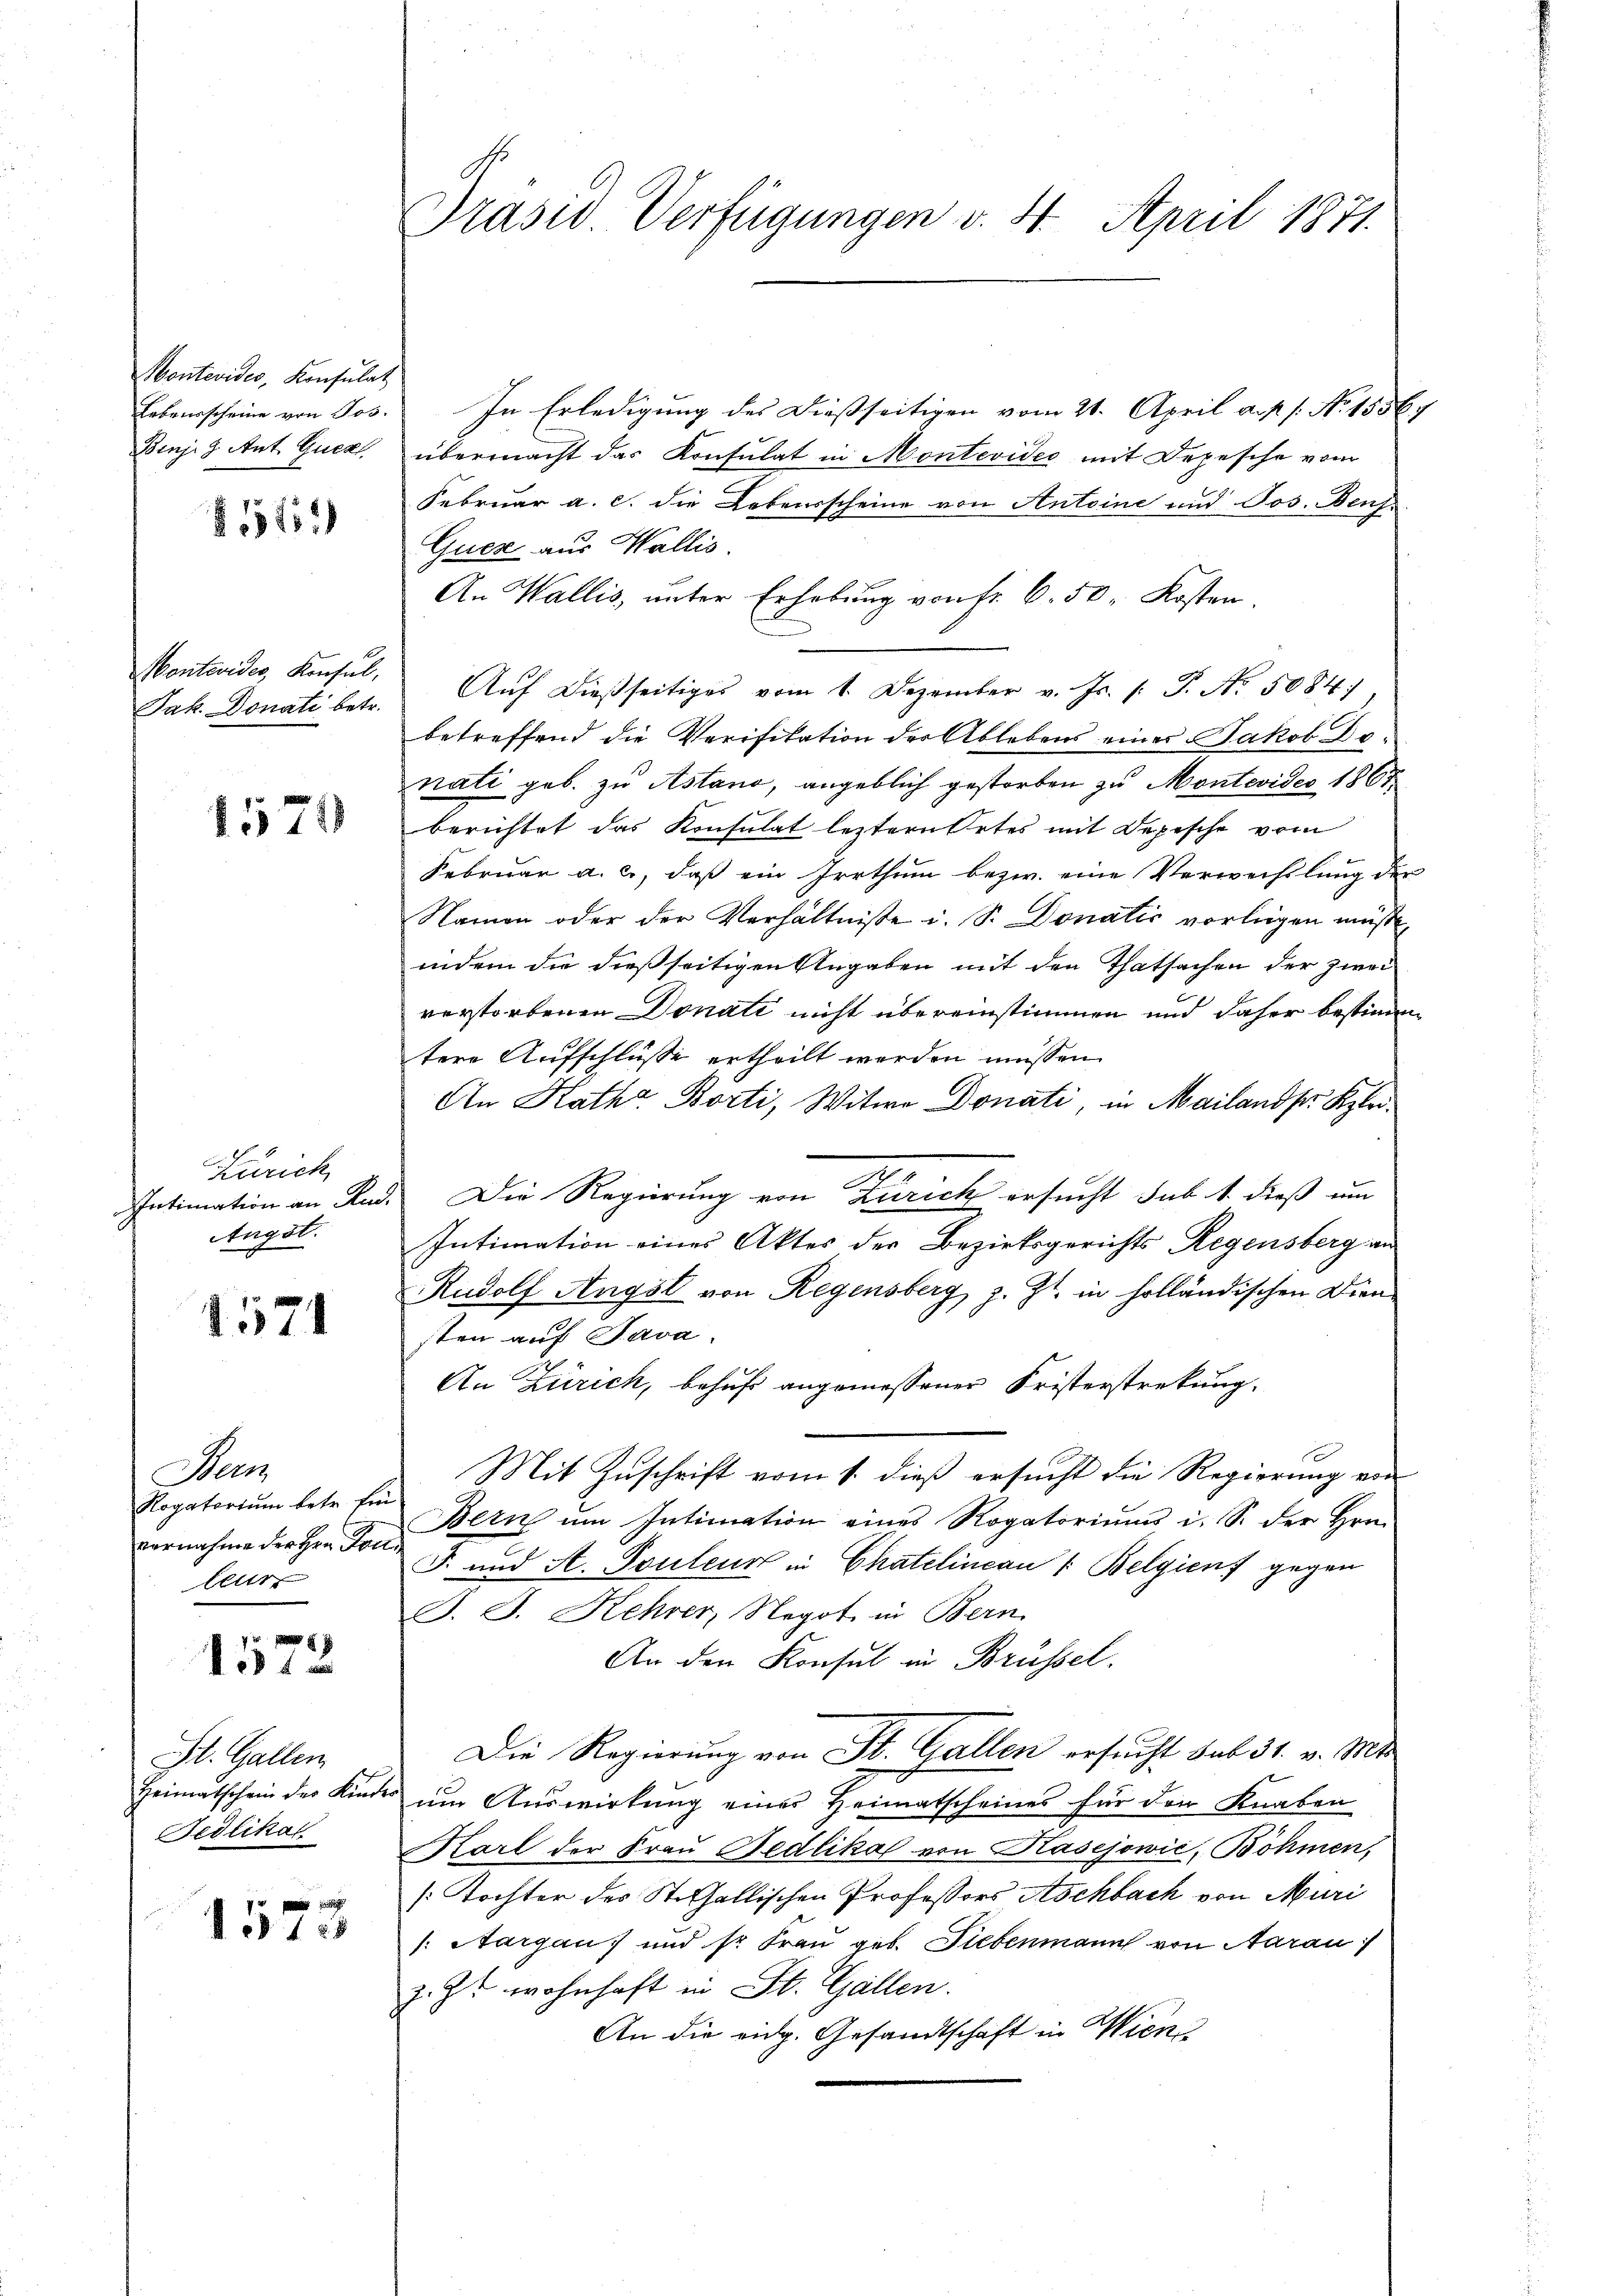
Montevides, Konsulat
Lebensscheine von Jos.
Binj. 9. Ant. Guck

85152

Montevides, Konsul,
Jak. Donati betr.

1571

Zürich
Intimation an Rud.
Angst.

1571

Nam
Rogatorium betr. Ein
vornahme der Hrn. For
leur

1572

St. Gallen
Heimatschein der Kinde
Fedlikat

ed. 128

Präsid Verfügungen v. 4. April 1871.

In Erledigung des Dießseitigen vom 21. April a. p. 1. No. 18567
übermacht das Konsulat in Montevidee mit Depesche vom
Februar a. c. die Lebensscheine von Antoine und Jos. Benf
Guer aus Wallis.
An Wallis, unter Erhebung von Fr. 6. 50. Kosten.
Aŭf dießseitiges vom 1. Dezember v. Js. 1. P. Nr. 5084),
betreffend die Verifikation der Ablebens einer Jakob Denati geb. zu Astano, angeblich gestorben zu Montevides 1867
berichtet das Konsulat leztern Ortes mit Depesche vom
Februar a. c., daβ ein Irrthum bezw. eine Verwechslung der
Namen oder der Verhältnisse u. Sr. Donatis vorliegen müßte,
indem die dießseitigen Angaben mit den Thatsachen der zwei
verstorbenen Donati nicht übereinstimmen und daher bestimmtere Aufschlüsse ertheilt werden müssen.
An Katha Borti, Witwe Donati, in Mailands Klei¬
.
Die Regierung von Zürich ersucht sub. 1. dieß um
Intimation eines Aktes der Bezirksgerichts Regensberg an
Rudolf Angst von Regensberg, z. Zt. in holländischen Dien
sten auf Java
An Zürich, behufs angemessener Fristerstreckung.
Mit Zuschrift vom 1. dieß ersucht die Regierung von
Bern ŭm Intimation eines Rogatoriums i. S. der Hrn.
J. und A. Touleur in Chatelincan 1. Belgien gegen
J. J. Kehrer, Negot in Bern.
An den Konsul in Brüssel.
Die Regierung von St. Gallen ersucht sub 31. v. Mt
 um Auswirkung einer Heimatscheines für den Knaben
Karl der Frau Redlika von Kasejowić, Böhmen,
[Tochter des Steffallischen Professors Aschbach von Muri
/: Aargau) und sr. Frau geb. Liebenmann von Aarau
z. Er wohnhaft in St. Gallen.
An die eidg. Gesandtschaft in Wien